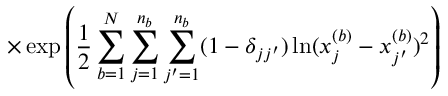
\times \exp \left( \frac { 1 } { 2 } \sum _ { b = 1 } ^ { N } \sum _ { j = 1 } ^ { n _ { b } } \sum _ { j ^ { \prime } = 1 } ^ { n _ { b } } ( 1 - \delta _ { j j ^ { \prime } } ) \ln ( x _ { j } ^ { ( b ) } - x _ { j ^ { \prime } } ^ { ( b ) } ) ^ { 2 } \right)